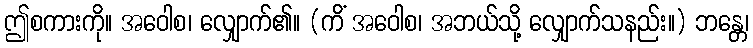
ဤစကားကို။ အဝေါစ၊ လျှောက်၏။ (ကိံ အဝေါစ၊ အဘယ်သို့ လျှောက်သနည်း။) ဘန္တေ၊